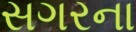
સગરના